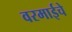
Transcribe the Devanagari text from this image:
वरमाईचे